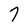
Character: 7